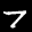
Label: 7